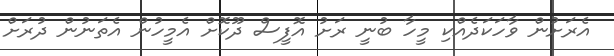
އެރަށުން ވާހަކަދެއްކި މީހާ ބުނީ ރަށު އޮފީސް ދޫކޮށް އެމީހުން އެތަނުން ދުރަށް